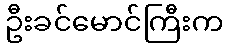
ဦးခင်မောင်ကြီးက